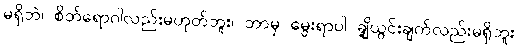
မရှိဘဲ၊ စိတ်ရောဂါလည်းမဟုတ်ဘူး၊ ဘာမှ မွေးရာပါ ချို့ယွင်းချက်လည်းမရှိဘူး